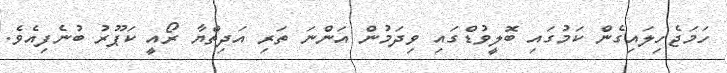
ހަމަޖެހިލައިގެން ކަމުގައި ބޮލީވުޑްގައި ވިދަމުން އަންނަ ތަރި އަދިތްޔާ ރޯއީ ކަޕޫރު ބުނެފިއެވެ.